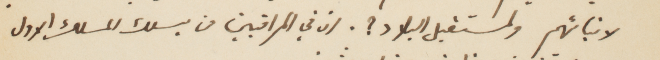
لأبنائهم ولمستقبل البلاد؟ لان في المراقبين من يسلك المسلك الأول